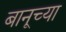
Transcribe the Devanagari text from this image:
बानूच्या